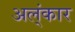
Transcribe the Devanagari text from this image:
अल्ंकार